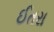
ઈતરા